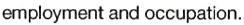
employment and occupation.